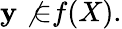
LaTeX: \mathbf{y}\not{\in}f(X).